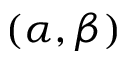
( \alpha , \beta )